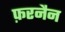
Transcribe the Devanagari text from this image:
फ़रनैन